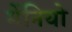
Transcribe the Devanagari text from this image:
मेंनियो